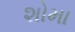
શોમા